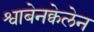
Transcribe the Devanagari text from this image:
श्वाबेनक्वेलेन